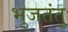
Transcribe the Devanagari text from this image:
भुजतंतु